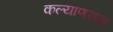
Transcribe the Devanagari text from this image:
कल्याणराय